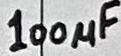
Text: 100µF